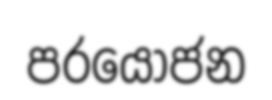
පරයෝජන